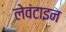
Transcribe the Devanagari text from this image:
लेवंटाइन